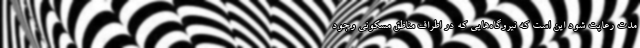
مدت رعایت شود این است که نیروگاه‌هایی که در اطراف مناطق مسکونی وجود